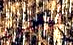
أجني